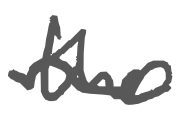
Text: the
Cross-out: mix
Writing tool: digital_gray